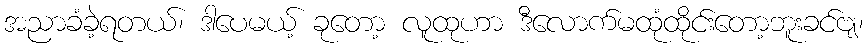
အညာခံခဲ့ရတယ်၊ ဒါပေမယ့် ခုတော့ လူထုဟာ ဒီလောက်မထုံထိုင်းတော့ဘူးခင်ဗျ၊